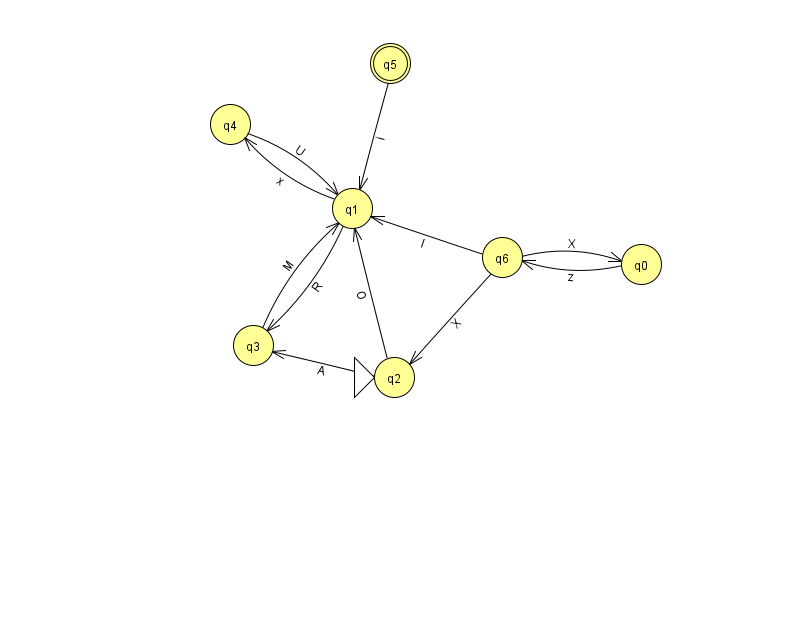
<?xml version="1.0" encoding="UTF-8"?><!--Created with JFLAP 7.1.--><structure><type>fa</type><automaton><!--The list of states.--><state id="0" name="q0"><x>641.0</x><y>251.0</y></state><state id="1" name="q1"><x>352.0</x><y>195.0</y></state><state id="2" name="q2"><x>394.0</x><y>364.0</y><initial/></state><state id="3" name="q3"><x>253.0</x><y>332.0</y></state><state id="4" name="q4"><x>230.0</x><y>111.0</y></state><state id="5" name="q5"><x>390.0</x><y>50.0</y><final/></state><state id="6" name="q6"><x>502.0</x><y>244.0</y></state><!--The list of transitions.--><transition><from>2</from><to>3</to><read>A</read></transition><transition><from>3</from><to>1</to><read>M</read></transition><transition><from>1</from><to>4</to><read>x</read></transition><transition><from>2</from><to>1</to><read>O</read></transition><transition><from>0</from><to>6</to><read>z</read></transition><transition><from>5</from><to>1</to><read>i</read></transition><transition><from>6</from><to>1</to><read>I</read></transition><transition><from>6</from><to>0</to><read>X</read></transition><transition><from>6</from><to>2</to><read>X</read></transition><transition><from>1</from><to>3</to><read>R</read></transition><transition><from>4</from><to>1</to><read>U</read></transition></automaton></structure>